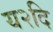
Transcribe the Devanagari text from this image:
य२दि